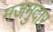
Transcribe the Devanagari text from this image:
मजमुदार